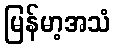
မြန်မာ့အသံ